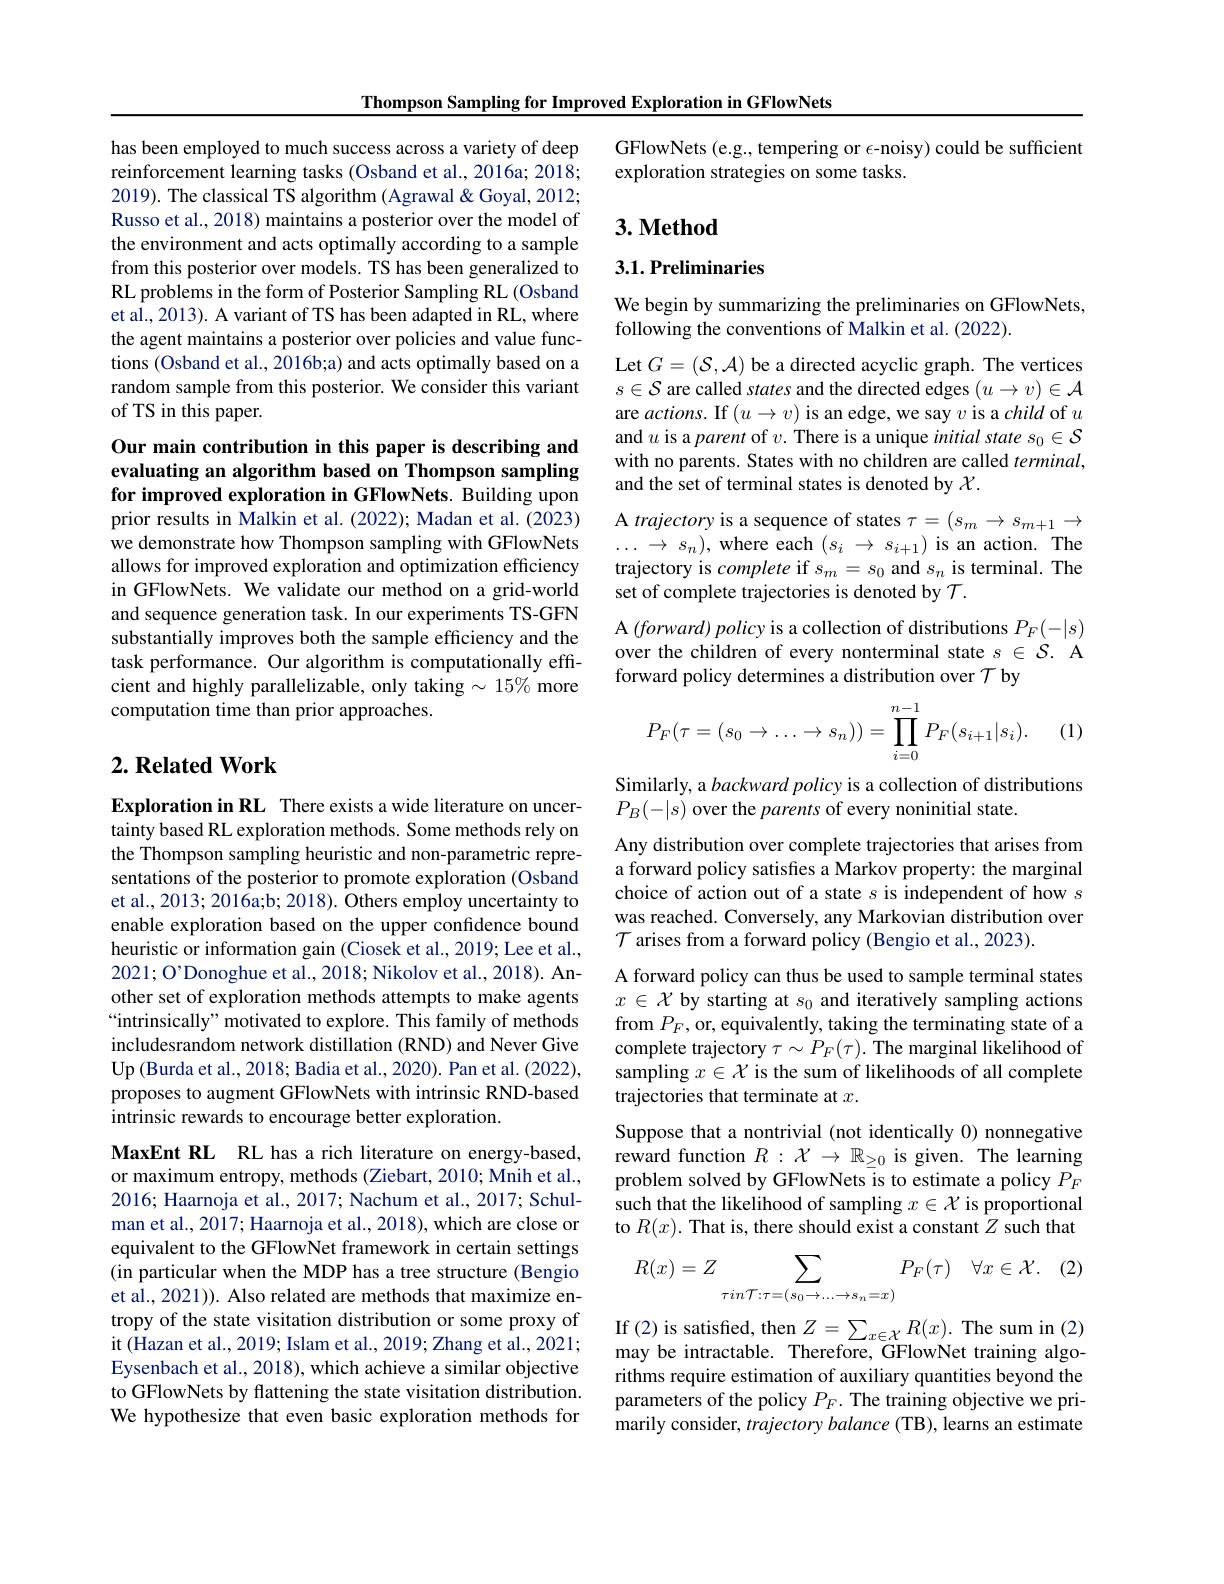
Thompson Sampling for Improved Exploration in GFlowNets

has been employed to much success across a variety of deep reinforcement learning tasks (Osband et al., 2016a; 2018; 2019). The classical TS algorithm (Agrawal & Goyal, 2012; Russo et al., 2018) maintains a posterior over the model of the environment and acts optimally according to a sample from this posterior over models. TS has been generalized to RL problems in the form of Posterior Sampling RL (Osband et al., 2013). A variant of TS has been adapted in RL, where the agent maintains a posterior over policies and value functions (Osband et al., 2016b;a) and acts optimally based on a random sample from this posterior. We consider this variant of TS in this paper.

Our main contribution in this paper is describing and evaluating an algorithm based on Thompson sampling for improved exploration in GFlowNets. Building upon prior results in Malkin et al. (2022); Madan et al. (2023)

we demonstrate how Thompson sampling with GFlowNets allows for improved exploration and optimization efficiency in GFlowNets. We validate our method on a grid-world and sequence generation task. In our experiments TS-GFN substantially improves both the sample efficiency and the task performance. Our algorithm is computationally efficient and highly parallelizable, only taking $\sim15\%$ more computation time than prior approaches.

## $2. \textbf{Related Work}$

Exploration in RL There exists a wide literature on uncertainty based RL exploration methods. Some methods rely on the Thompson sampling heuristic and non-parametric representations of the posterior to promote exploration (Osband et al., 2013; 2016a;b; 2018). Others employ uncertainty to enable exploration based on the upper confidence bound heuristic or information gain (Ciosek et al., 2019; Lee et al., 2021; O' Donoghue et al., 2018; Nikolov et al., 2018). Another set of exploration methods attempts to make agents “intrinsically” motivated to explore. This family of methods includesrandom network distillation (RND) and Never Give Up (Burda et al., 2018; Badia et al., 2020). Pan et al. (2022), proposes to augment GFlowNets with intrinsic RND-based intrinsic rewards to encourage better exploration.
MaxEnt RL RL has a rich literature on energy-based, or maximum entropy, methods (Ziebart, 2010; Mnih et al., 2016; Haarnoja et al., 2017; Nachum et al., 2017; Schulman et al., 2017; Haarnoja et al., 2018), which are close or equivalent to the GFlowNet framework in certain settings (in particular when the MDP has a tree structure (Bengio et al., 2021)). Also related are methods that maximize entropy of the state visitation distribution or some proxy of it (Hazan et al., 2019; Islam et al., 2019; Zhang et al., 2021; Eysenbach et al., 2018), which achieve a similar objective to GFlowNets by flattening the state visitation distribution. We hypothesize that even basic exploration methods for

GFlowNets (e.g., tempering or $\epsilon$-noisy) could be sufficient
exploration strategies on some tasks.

## $3. \textbf{Method}$

3.1. Preliminaries

We begin by summarizing the preliminaries on GFlowNets,
following the conventions of Malkin et al. (2022).

Let $G=(\mathcal{S},\mathcal{A})$ be a directed acyclic graph. The vertices $s\in\mathcal{S}$ are called states and the directed edges $(u\to v)\in\mathcal{A}$ are $actions.$ If $(u\to v)$ is an edge, we say $v$ is a child of $u$ and $u$ is a parent of $v.$ There is a unique initial state $s_0\in\mathcal{S}$ with no parents. States with no children are called $terminal$, and the set of terminal states is denoted by $\chi.$

A trajectory is a sequence of states $\tau=(s_m\to s_{m+1}\to$ $\ldots\to s_n)$, where each $(s_i\to s_{i+1})$ is an action. The trajectory is complete if $s_m=s_0$ and $s_n$ is terminal. The set of complete trajectories is denoted by $\mathcal{T}.$
A $( forward) \textit{policy is a collection of distributions }P_F( - | s)$ over the children of every nonterminal state $s\in\mathcal{S}.$ A forward policy determines a distribution over $\mathcal{T}$ by
$$P_F(\tau=(s_0\to\dots\to s_n))=\prod_{i=0}^{n-1}P_F(s_{i+1}|s_i).$$
(1)

Similarly, a backward policy is a collection of distributions
$P_B(-|s)$ over the parents of every noninitial state.
Any distribution over complete trajectories that arises from a forward policy satisfes a Markov property: the marginal choice of action out of a state $s$ is independent of how $s$ was reached. Conversely, any Markovian distribution over $\mathcal{T}$ arises from a forward policy (Bengio et al., 2023).
A forward policy can thus be used to sample terminal states $x\in\mathcal{X}$ by starting at $s_0$ and iteratively sampling actions from $P_F$, or, equivalently, taking the terminating state of a complete trajectory $\tau\sim P_F(\tau).$ The marginal likelihood of sampling $x\in\mathcal{X}$ is the sum of likelihoods of all complete trajectories that terminate at $x.$
Suppose that a nontrivial (not identically 0) nonnegative reward function $R:\mathcal{X}\to\mathbb{R}_{\geq0}$ is given. The learning problem solved by GFlowNets is to estimate a policy $P_F$ such that the likelihood of sampling $x\in\mathcal{X}$ is proportional to $R(x).$ That is, there should exist a constant $Z$ such that

(2
$$R(x)=Z\sum_{\tau in\mathcal{T}:\tau=(s_0\to\dots\to s_n=x)}P_{F}(\tau)\quad\forall x\in\mathcal{X}.$$
If(2) is satisfied, then $Z=\sum_{x\in\mathcal{X}}R(x).$ The sum in (2) may be intractable. Therefore, GFlowNet training algorithms require estimation of auxiliary quantities beyond the parameters of the policy $P_F.$ The training objective we primarily consider, trajectory balance (TB), learns an estimate